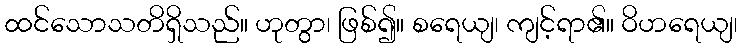
ထင်သောသတိရှိသည်။ ဟုတွာ၊ ဖြစ်၍။ စရေယျ၊ ကျင့်ရာ၏။ ဝိဟရေယျ၊